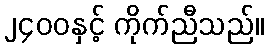
၂၄၀၀နှင့် ကိုက်ညီသည်။